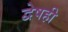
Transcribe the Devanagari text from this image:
द्वेषही